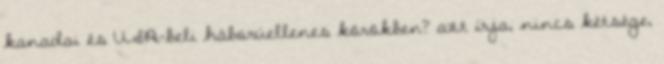
kanadai és USA-beli háborúellenes körökben? azt írja, nincs kétsége,